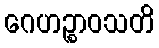
ဂေဟဉ္စာဝသတိ